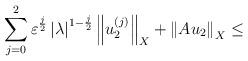
LaTeX: \begin{align*}\sum\limits_{j=0}^{2}\varepsilon ^{\frac{j}{2}}\left\vert \lambda\right\vert ^{1-\frac{j}{2}}\left\Vert u_{2}^{\left( j\right) }\right\Vert_{X}+\left\Vert Au_{2}\right\Vert _{X}\leq \end{align*}